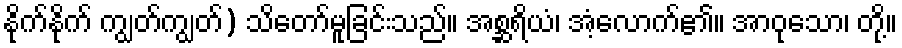
နိုက်နိုက် ကျွတ်ကျွတ်) သိတော်မူခြင်းသည်။ အစ္ဆရိယံ၊ အံ့လောက်၏။ အာဝုသော၊ တို့။